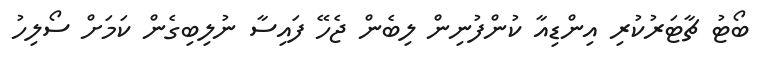
ބޯޓު ޗާޓަރުކުރި އިންޑިއާ ކުންފުނިން ލިބެން ޖެހޭ ފައިސާ ނުލިބިގެން ކަމަށް ސޯލިހު